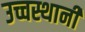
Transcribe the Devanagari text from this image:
उच्चस्थानी